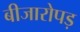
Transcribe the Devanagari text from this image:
बीजारोपड़